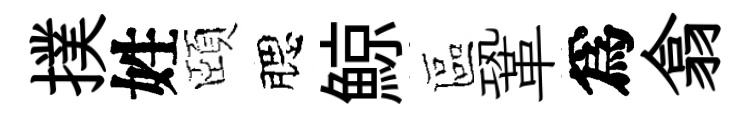
撲姓頤腮鯨區鞏爲翕